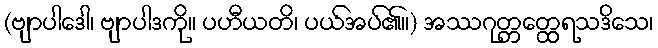
(ဗျာပါဒေါ၊ ဗျာပါဒကို။ ပဟီယတိ၊ ပယ်အပ်၏။) အဿဂုတ္တတ္ထေရသဒိသေ၊